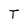
Character: T